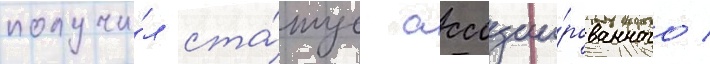
получи́л ста́тус ассоции́рованного /